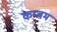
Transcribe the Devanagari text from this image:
कम्बम